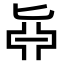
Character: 𠤛